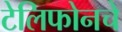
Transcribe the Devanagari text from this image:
टेलिफोनचे